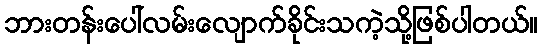
ဘားတန်းပေါ်လမ်းလျောက်ခိုင်းသကဲ့သို့ဖြစ်ပါတယ်။